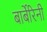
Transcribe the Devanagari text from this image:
बार्बेरिनी